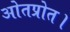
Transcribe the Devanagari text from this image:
ओतप्रोत।